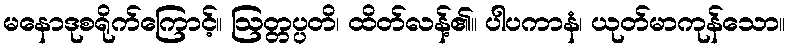
မနောဒုစရိုက်ကြောင့်။ ဩတ္တပ္ပတိ၊ ထိတ်လန့်၏။ ပါပကာနံ၊ ယုတ်မာကုန်သော။